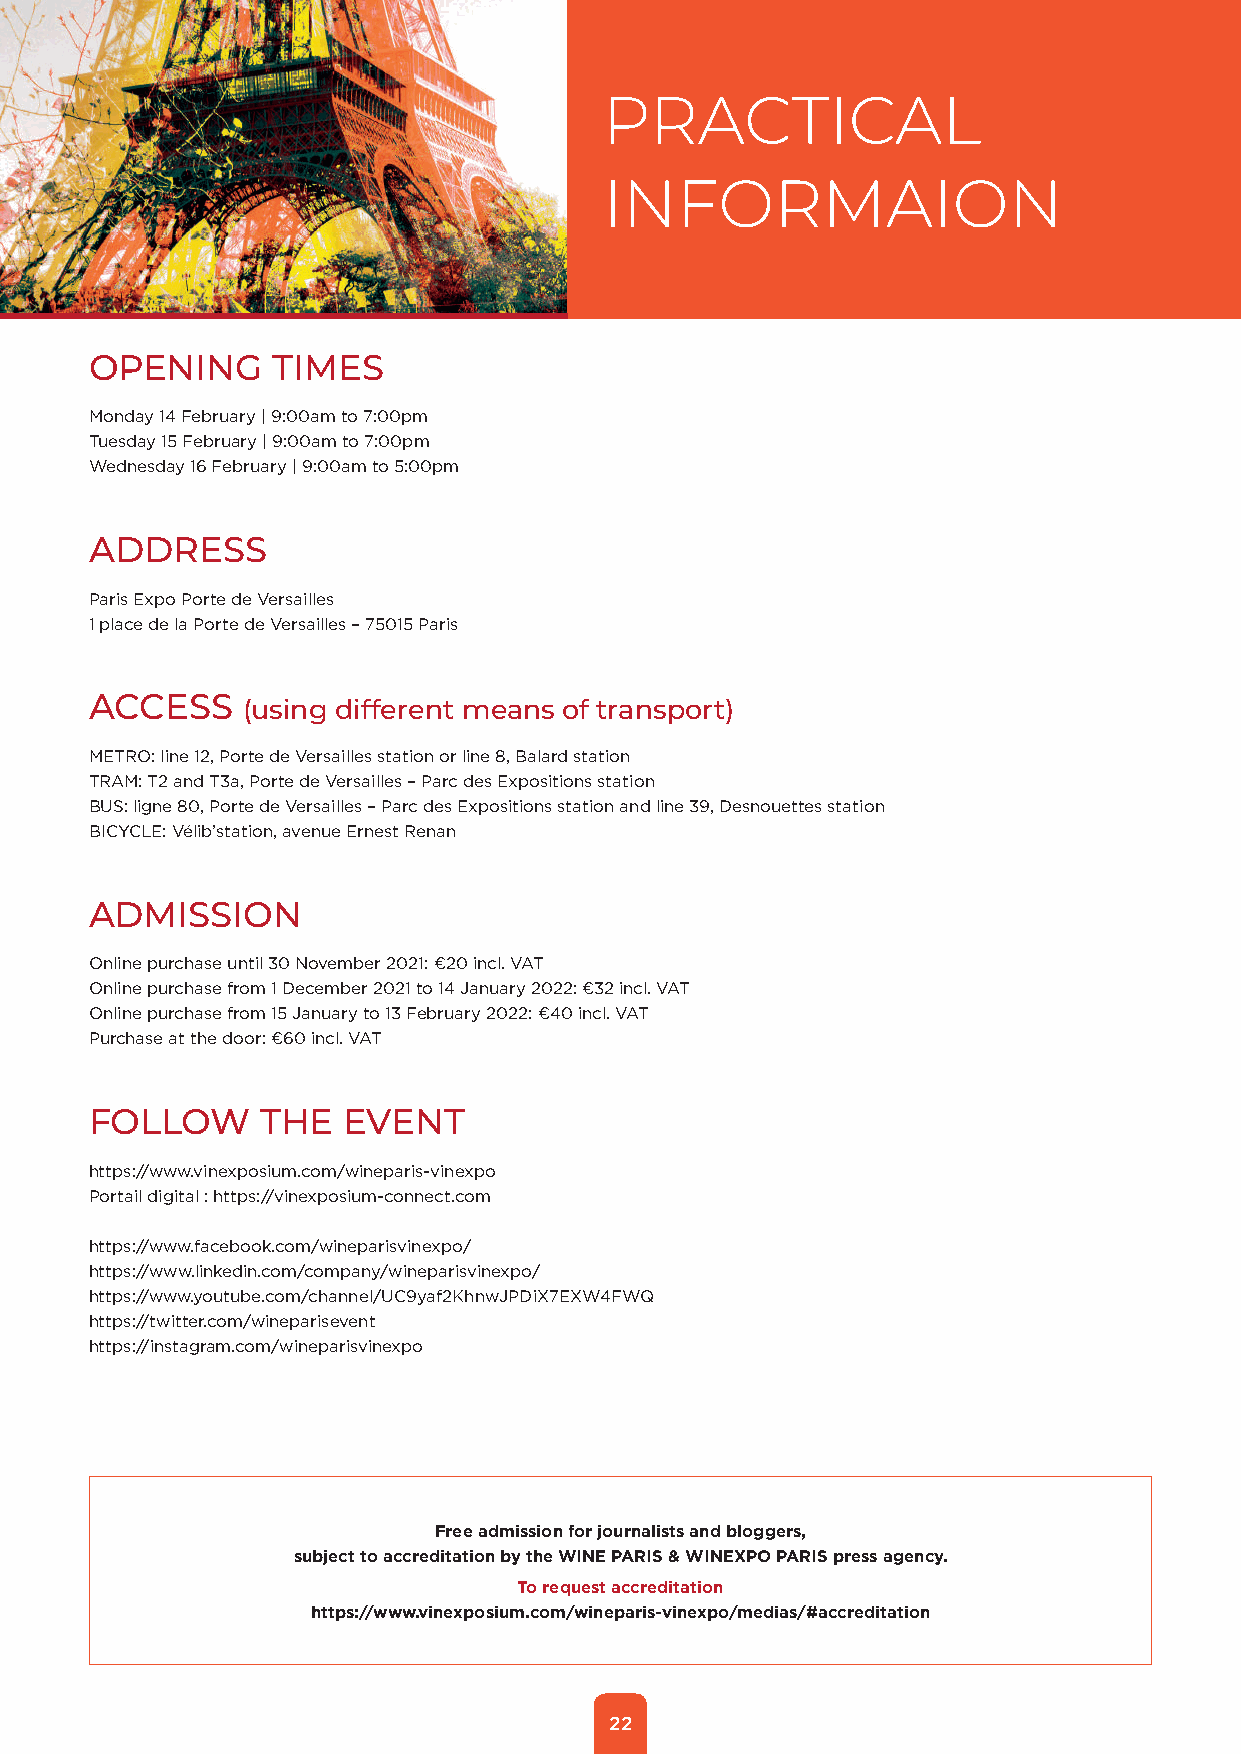
PRACTICAL
 INFORMAION
 OPENING     TIMES
 Monday 14 February | 9:00am to 7:00pm
 Tuesday 15 February | 9:00am to 7:00pm
 Wednesday 16 February | 9:00am to 5:00pm
 ADDRESS
 Paris Expo Porte de Versailles
 1 place de la Porte de Versailles – 75015 Paris
 ACCESS    (using different means of transport)
 METRO: line 12, Porte de Versailles station or line 8, Balard station
 TRAM: T2 and T3a, Porte de Versailles – Parc des Expositions station
 BUS: ligne 80, Porte de Versailles – Parc des Expositions station and line 39, Desnouettes station
 BICYCLE: Vélib’station, avenue Ernest Renan
 ADMISSION
 Online purchase until 30 November 2021: €20 incl. VAT
 Online purchase from 1 December 2021 to 14 January 2022: €32 incl. VAT
 Online purchase from 15 January to 13 February 2022: €40 incl. VAT
 Purchase at the door: €60 incl. VAT
 FOLLOW     THE   EVENT
 https://www.vinexposium.com/wineparis-vinexpo
 Portail digital : https://vinexposium-connect.com
 https://www.facebook.com/wineparisvinexpo/
 https://www.linkedin.com/company/wineparisvinexpo/
 https://www.youtube.com/channel/UC9yaf2KhnwJPDiX7EXW4FWQ
 https://twitter.com/wineparisevent
 https://instagram.com/wineparisvinexpo
 Free admission for journalists and bloggers,
 subject to accreditation by the WINE PARIS & WINEXPO PARIS press agency.
 To request accreditation
 https://www.vinexposium.com/wineparis-vinexpo/medias/#accreditation
 22